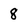
Character: 8